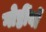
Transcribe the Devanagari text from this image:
गोष्ठींयों